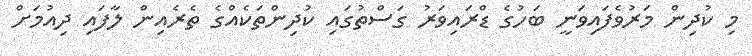
މި ކުދިން މަރުވެފައިވަނީ ބަހުގެ ޑްރައިވަރު ގަސްތުގައި ކުދިންތަކެއްގެ ތެރެއިން ލާފައި ދިއުމަށް